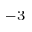
^ { - 3 }